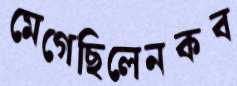
মেগেছিলেনকব